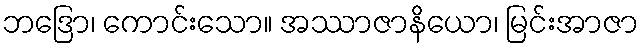
ဘဒြော၊ ကောင်းသော။ အဿာဇာနိယော၊ မြင်းအာဇာ